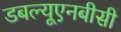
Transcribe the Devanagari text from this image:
डबल्यूएनबीसी